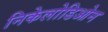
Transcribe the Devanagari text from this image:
निकेलोडिओन